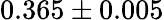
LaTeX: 0.365\pm 0.005